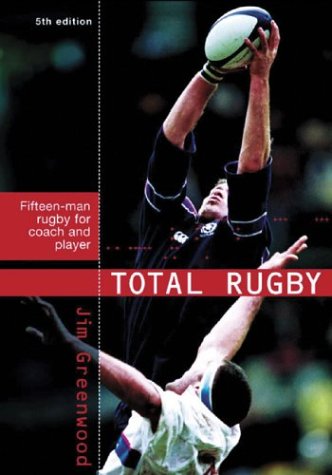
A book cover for Total Rugby: Fifteen Man Rugby for Coach and Player; Jim Greenwood; Sports & Outdoors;